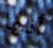
أنها